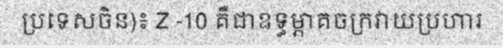
ប្រទេសចិន)៖ Z -10 គឺជាឧទ្ធម្ភាគចក្រវាយប្រហារ